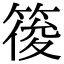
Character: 䈗